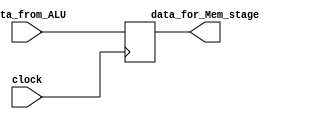
`timescale 1ps / 1ps
//////////////////////////////////////////////////////////////////////////////////
// Company: 
// Engineer: 
// 
// Design Name: 
// Module Name: ALU_OUT_EX_MEM
// Project Name: 
// Target Devices: 
// Tool Versions: 
// Description: 
// 
// Dependencies: 
// 
// Revision:
// Revision 0.01 - File Created
// Additional Comments:
// 
//////////////////////////////////////////////////////////////////////////////////


module ALU_OUT_EX_MEM(input [31:0]data_from_ALU,input clock,output reg [31:0]data_for_Mem_stage);
always@(posedge clock)
begin
data_for_Mem_stage=data_from_ALU;
end

endmodule